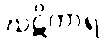
ဃဋိကာရ